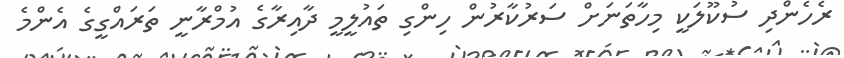
ރެހެންދި ސުކޫލަކީ މިހާތަނަށް ސަރުކާރުން ހިންގި ތައުލީމީ ދާއިރާގެ އުމްރާނީ ތަރައްގީގެ އެންމެ